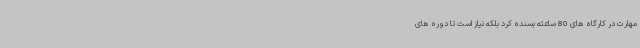
مهارت در کارگاه های 80 ساعته بسنده کرد بلکه نیاز است تا دوره های